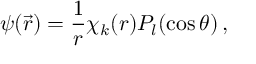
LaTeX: \psi ( \vec { r } ) = { \frac { 1 } { r } } \chi _ { k } ( r ) P _ { l } ( \cos \theta ) \, ,